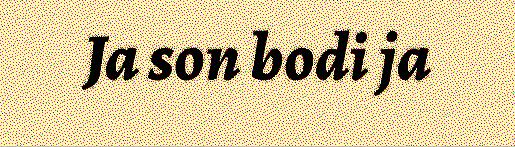
Ja son bodi ja